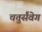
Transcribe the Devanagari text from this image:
चतुर्संवेग